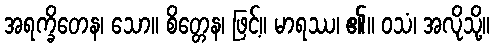
အရက္ခိတေန၊ သော။ စိတ္တေန၊ ဖြင့်။ မာရဿ၊ ၏။ ဝသံ၊ အလိုသို့။